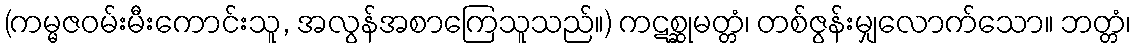
(ကမ္မဇဝမ်းမီးကောင်းသူ, အလွန်အစာကြေသူသည်။) ကဋစ္ဆုမတ္တံ၊ တစ်ဇွန်းမျှလောက်သော။ ဘတ္တံ၊